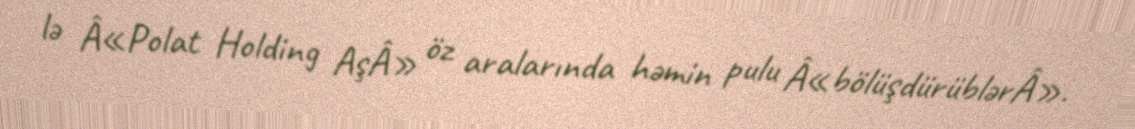
lə Â«Polat Holding AşÂ» öz aralarında həmin pulu Â«bölüşdürüblərÂ».